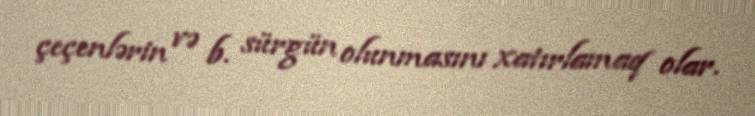
çeçenlərin və b. sürgün olunmasını xatırlamaq olar.